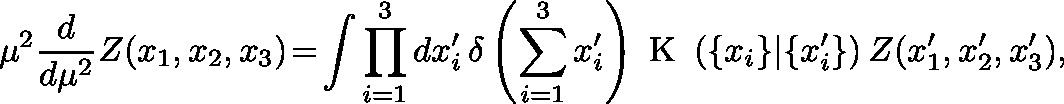
\mu ^ { 2 } \frac { d } { d \mu ^ { 2 } } Z ( x _ { 1 } , x _ { 2 } , x _ { 3 } ) \! = \! \int \prod _ { i = 1 } ^ { 3 } d x _ { i } ^ { \prime } \, \delta \left( \sum _ { i = 1 } ^ { 3 } x _ { i } ^ { \prime } \right) \mathrm { \boldmath ~ K ~ } \left( \{ x _ { i } \} | \{ x _ { i } ^ { \prime } \} \right) Z ( x _ { 1 } ^ { \prime } , x _ { 2 } ^ { \prime } , x _ { 3 } ^ { \prime } ) ,